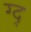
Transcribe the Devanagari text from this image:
ग्द्